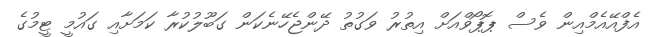
އެފްއޭއެމްއިން ވެސް ޕޮޕޯވްއަށް އިތުރު ވަގުތު ދޭންޖެހޭނެކަން ގަބޫލުކުރާ ކަމަށާއި ގައުމީ ޓީމުގެ